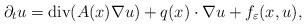
LaTeX: \begin{align*}\partial _t u= \mbox{div} (A (x) \nabla u) + q (x) \cdot \nabla u + f_\varepsilon ( x,u),\end{align*}